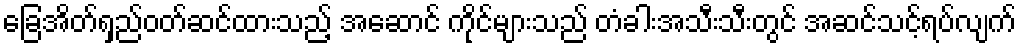
ခြေအိတ်ရှည်ဝတ်ဆင်ထားသည့် အဆောင် ကိုင်များသည် တံခါးအသီးသီးတွင် အဆင်သင့်ရပ်လျက်